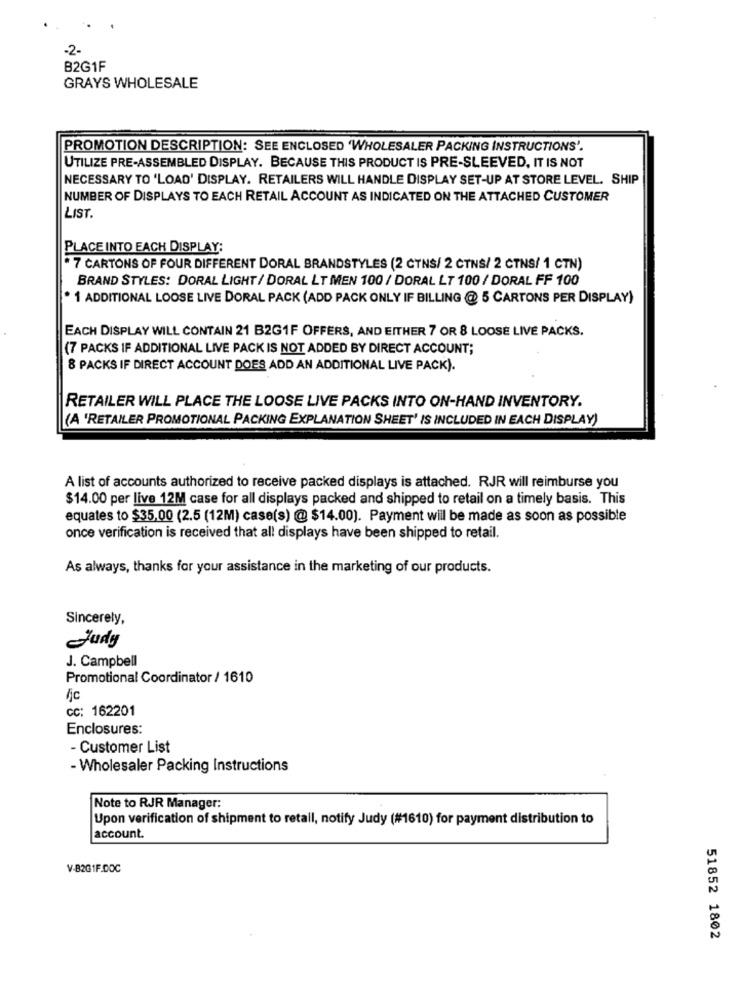
-2-
B2G1F
GRAYS WHOLESALE
PROMOTION DESCRIPTION: SEE ENCLOSED 'WHOLESALER PACKING INSTRUCTIONS'.
UTILIZE PRE-ASSEMBLED DISPLAY. BECAUSE THIS PRODUCT IS PRE-SLEEVED, IT IS NOT
NECESSARY TO 'LOAD' DISPLAY. RETAILERS WILL HANDLE DISPLAY SET-UP AT STORE LEVEL. SHIP
NUMBER OF DISPLAYS TO EACH RETAIL ACCOUNT AS INDICATED ON THE ATTACHED CUSTOMER
LIST.
PLACE INTO EACH DISPLAY:
*7 CARTONS OF FOUR DIFFERENT DORAL BRANDSTYLES (2 CTNS/ 2 CTNS/ 2 CTNS/ 1 CTN)
BRAND STYLES: DORAL LIGHT/ DORAL LT MEN 100 / DORAL LT 100 / DORAL FF 100
* 1 ADDITIONAL LOOSE LIVE DORAL PACK (ADD PACK ONLY IF BILLING @ 5 CARTONS PER DISPLAY)
EACH DISPLAY WILL CONTAIN 21 B2G1F OFFERS, AND EITHER 7 OR 8 LOOSE LIVE PACKS.
(7 PACKS IF ADDITIONAL LIVE PACK IS NOT ADDED BY DIRECT ACCOUNT;
8 PACKS IF DIRECT ACCOUNT DOES ADD AN ADDITIONAL LIVE PACK).
RETAILER WILL PLACE THE LOOSE LIVE PACKS INTO ON-HAND INVENTORY.
(A 'RETAILER PROMOTIONAL PACKING EXPLANATION SHEET' IS INCLUDED IN EACH DISPLAY)
A list of accounts authorized to receive packed displays is attached. RJR will reimburse you
$14.00 per live 12M case for all displays packed and shipped to retail on a timely basis. This
equates to $35,00 (2.5 (12M) case(s) @ $14.00). Payment will be made as soon as possible
once verification is received that all displays have been shipped to retail.
As always, thanks for your assistance in the marketing of our products.
Sincerely,
Judy
J. Campbell
Promotional Coordinator / 1610
/jc
CC: 162201
Enclosures:
- Customer List
- Wholesaler Packing Instructions
Note to RJR Manager:
Upon verification of shipment to retail, notify Judy (#1610) for payment distribution to
account.
V-B2G1F.DOC
51852 1802